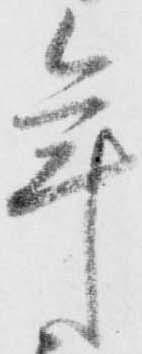
年